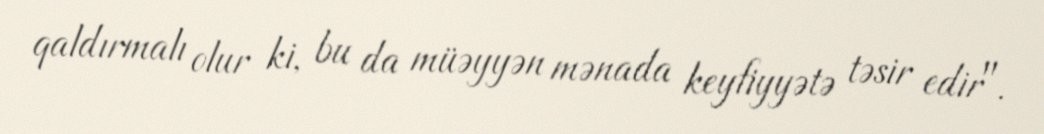
qaldırmalı olur ki, bu da müəyyən mənada keyfiyyətə təsir edir".